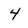
Character: 4